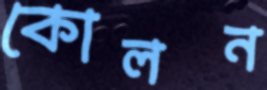
কোলন